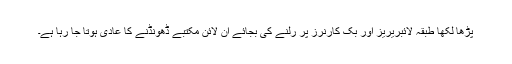
پڑھا لکھا طبقہ لائبریریز اور بک کارنرز پر رُلنے کی بجائے آن لائن مکتبے ڈھونڈنے کا عادی ہوتا جا رہا ہے۔